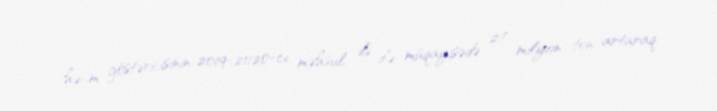
həcm göstəricisinin 2019-2020-ci məhsul ili ilə müqayisədə 27 milyon ton artaraq